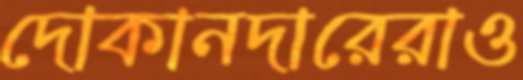
দোকানদারেরাও